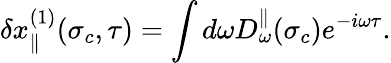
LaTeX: \delta x_{\parallel}^{(1)}(\sigma_{c},\tau)=\int d\omega D_{\omega}^{\parallel}(\sigma_{c})e^{-i\omega\tau}.